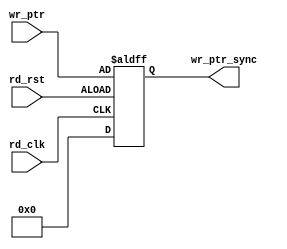



module sync_w2r #(parameter add_size = 8)
(output reg [add_size:0] wr_ptr_sync,   //  write pointer after synchronization 
input [add_size:0] wr_ptr, //  write pointer before synchronization 
input rd_clk, rd_rst);  // read clock, rad reset

// Module body
// -----synchronize write to read module  registers and wires--------
reg [add_size:0] wq1_rptr;   // read pointer after first clock of synchronization
	
// ------synchronized write pointer assignment-------
always @(posedge rd_clk or posedge rd_rst)
if (!rd_rst)
begin
wr_ptr_sync<=0;
end
else 
begin
wr_ptr_sync <=wr_ptr;
end
endmodule